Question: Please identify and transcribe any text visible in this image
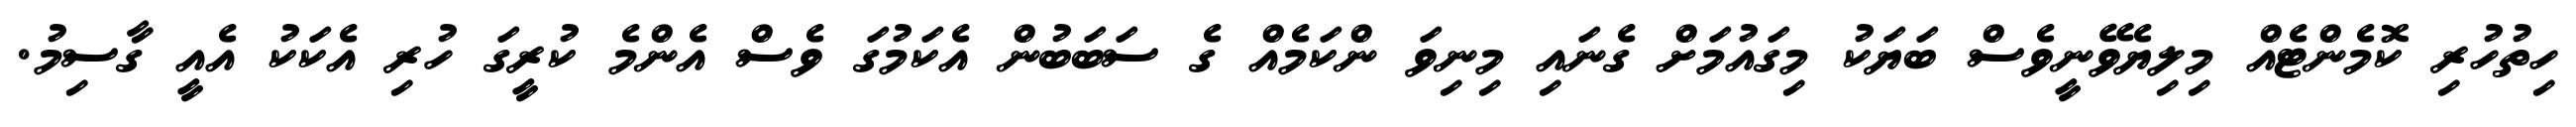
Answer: ހިތުހުރި ކޮމެންޓެއް މިލިޔެވޭނީވެސް ބަޔަކު މިގައުމަށް ގެނައި މިނިވަ ންކަމެއް ގެ ސަބަބުން އެކަމުގަ ވެސް އެންމެ ކުރީގަ ހުރި އެކަކު އެއީ ގާސިމު.